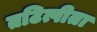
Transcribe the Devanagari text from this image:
तटित्पीता